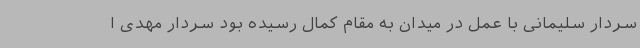
سردار سلیمانی با عمل در میدان به مقام کمال رسیده بود سردار مهدی ا